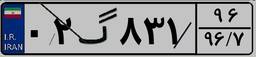
۰۲گ۸۳۱۹۶